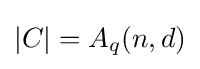
|C|=A_{q}(n,d)